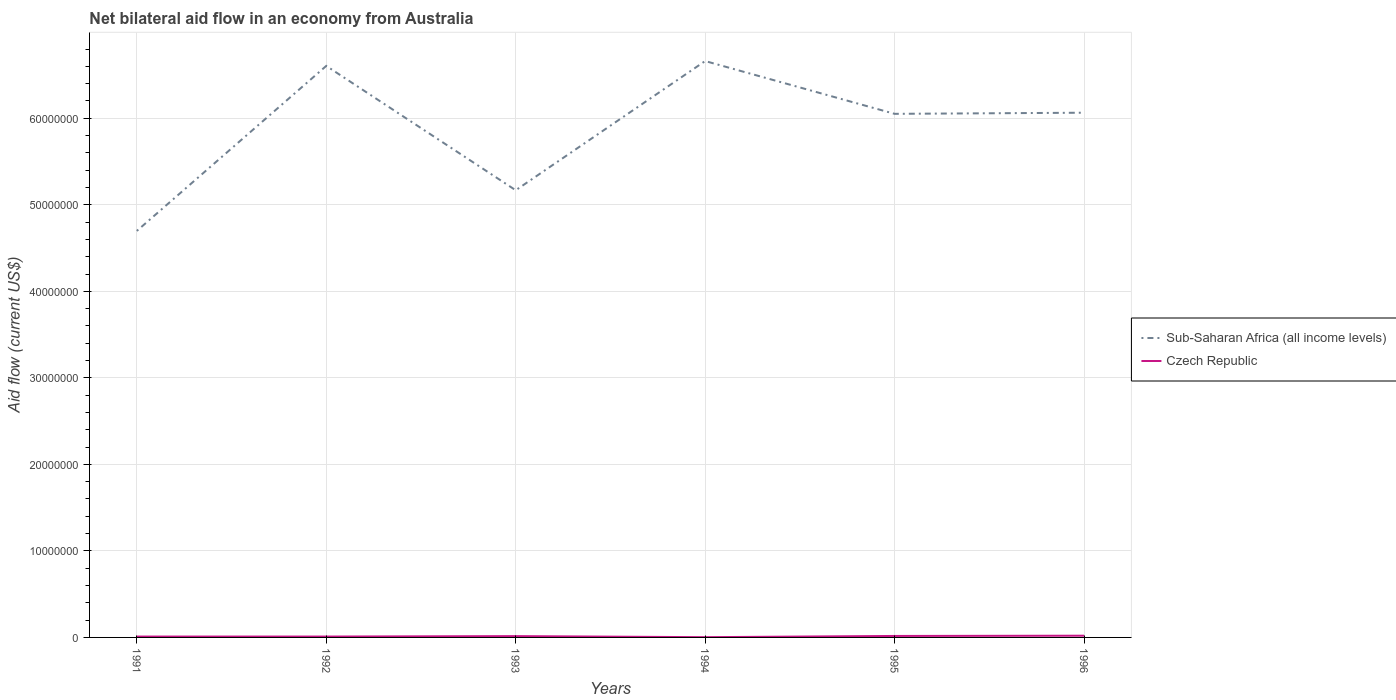
| Years | Sub-Saharan Africa (all income levels) | Czech Republic |
 | --- | --- | --- |
 | 1991 | 4.7e+07 | 1e+05 |
 | 1992 | 6.60e+07 | 1e+05 |
 | 1993 | 5.17e+07 | 1.5e+05 |
 | 1994 | 6.66e+07 | 3e+04 |
 | 1995 | 6.05e+07 | 1.7e+05 |
 | 1996 | 6.06e+07 | 2e+05 |